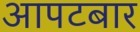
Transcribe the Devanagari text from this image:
आपटबार